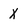
Character: X